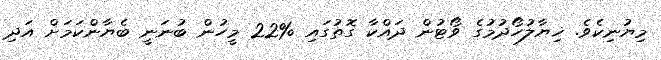
މިޔުނިކެވެ. ޚިޔާލުހޯދުމުގެ ވޯޓުން ދައްކާ ގޮތުގައި %22 މީހުން ބުނަނީ ބެޔާންކަމަށް އަދި